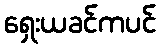
ရှေးယခင်ကပင်